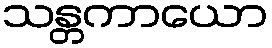
သန္တကာယော